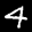
Label: 4